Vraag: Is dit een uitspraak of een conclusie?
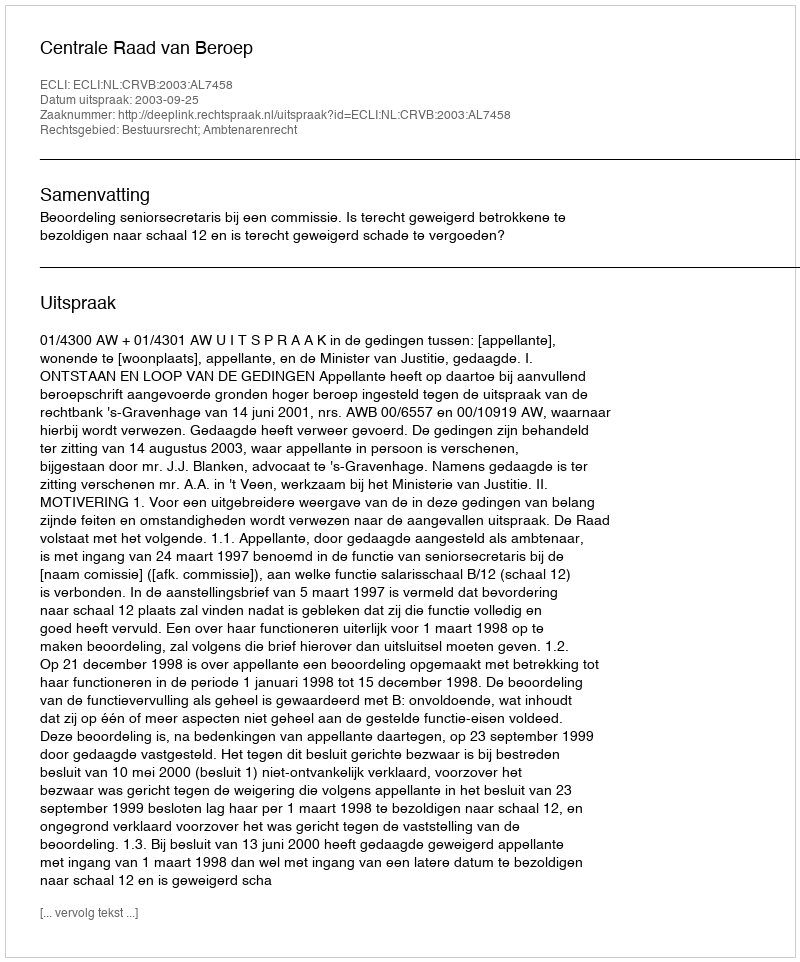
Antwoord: Uitspraak